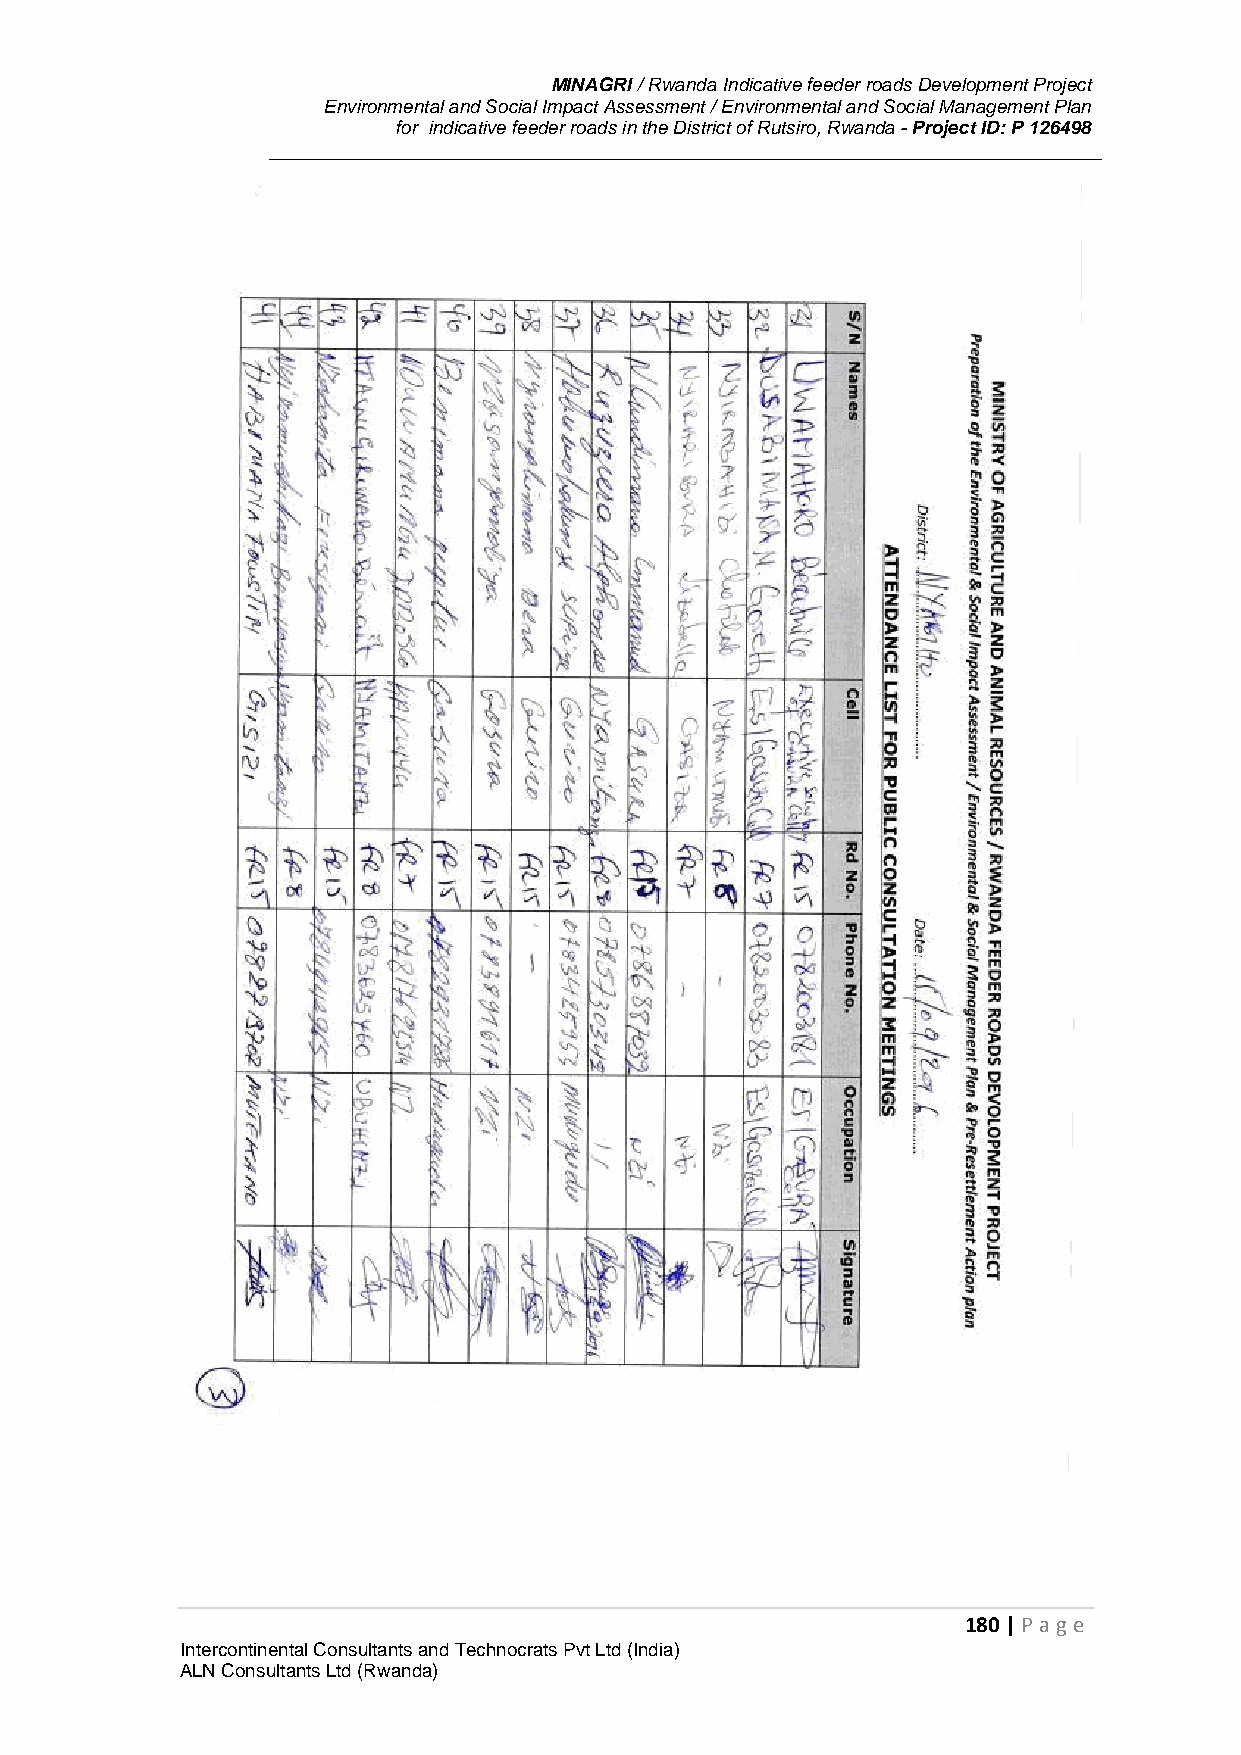
MINAGRI / Rwanda Indicative feeder roads Development Project
 Environmental and Social Impact Assessment / Environmental and Social Management Plan
 for indicative feeder roads in the District of Rutsiro, Rwanda - Project ID: P 126498
 180 | P age
 Intercontinental Consultants and Technocrats Pvt Ltd (India)
 ALN Consultants Ltd (Rwanda)